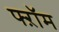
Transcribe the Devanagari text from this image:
फ्ऱॉम